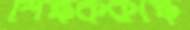
শিক্ষককক্ষে